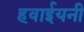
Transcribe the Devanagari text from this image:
हवाईयनी